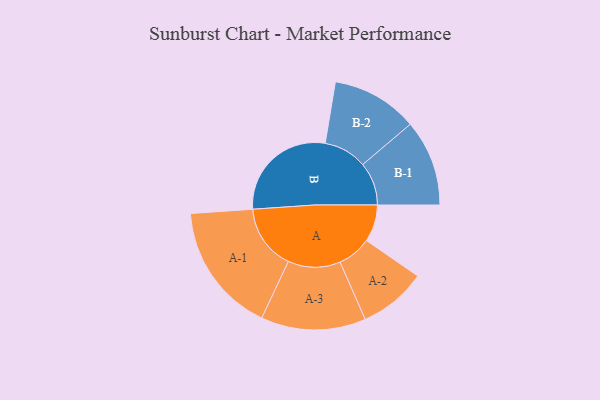
{"axis": {"x": "Segment", "y": "Value"}, "legend": ["", "A", "B"], "data": [{"x": "A", "y": 128, "type": ""}, {"x": "B", "y": 382, "type": ""}, {"x": "A-1", "y": 225, "type": "A"}, {"x": "A-2", "y": 117, "type": "A"}, {"x": "A-3", "y": 181, "type": "A"}, {"x": "B-1", "y": 149, "type": "B"}, {"x": "B-2", "y": 149, "type": "B"}]}